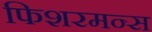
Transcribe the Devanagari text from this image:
फिशरमन्स